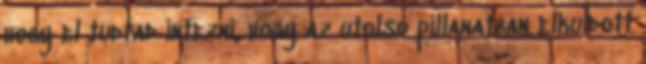
hogy el tudtad intezni, hogy az utolso pillanatban elkuldott